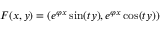
F ( x , y ) = ( e ^ { \varphi x } \sin ( t y ) , e ^ { \varphi x } \cos ( t y ) )